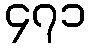
၄၇၁